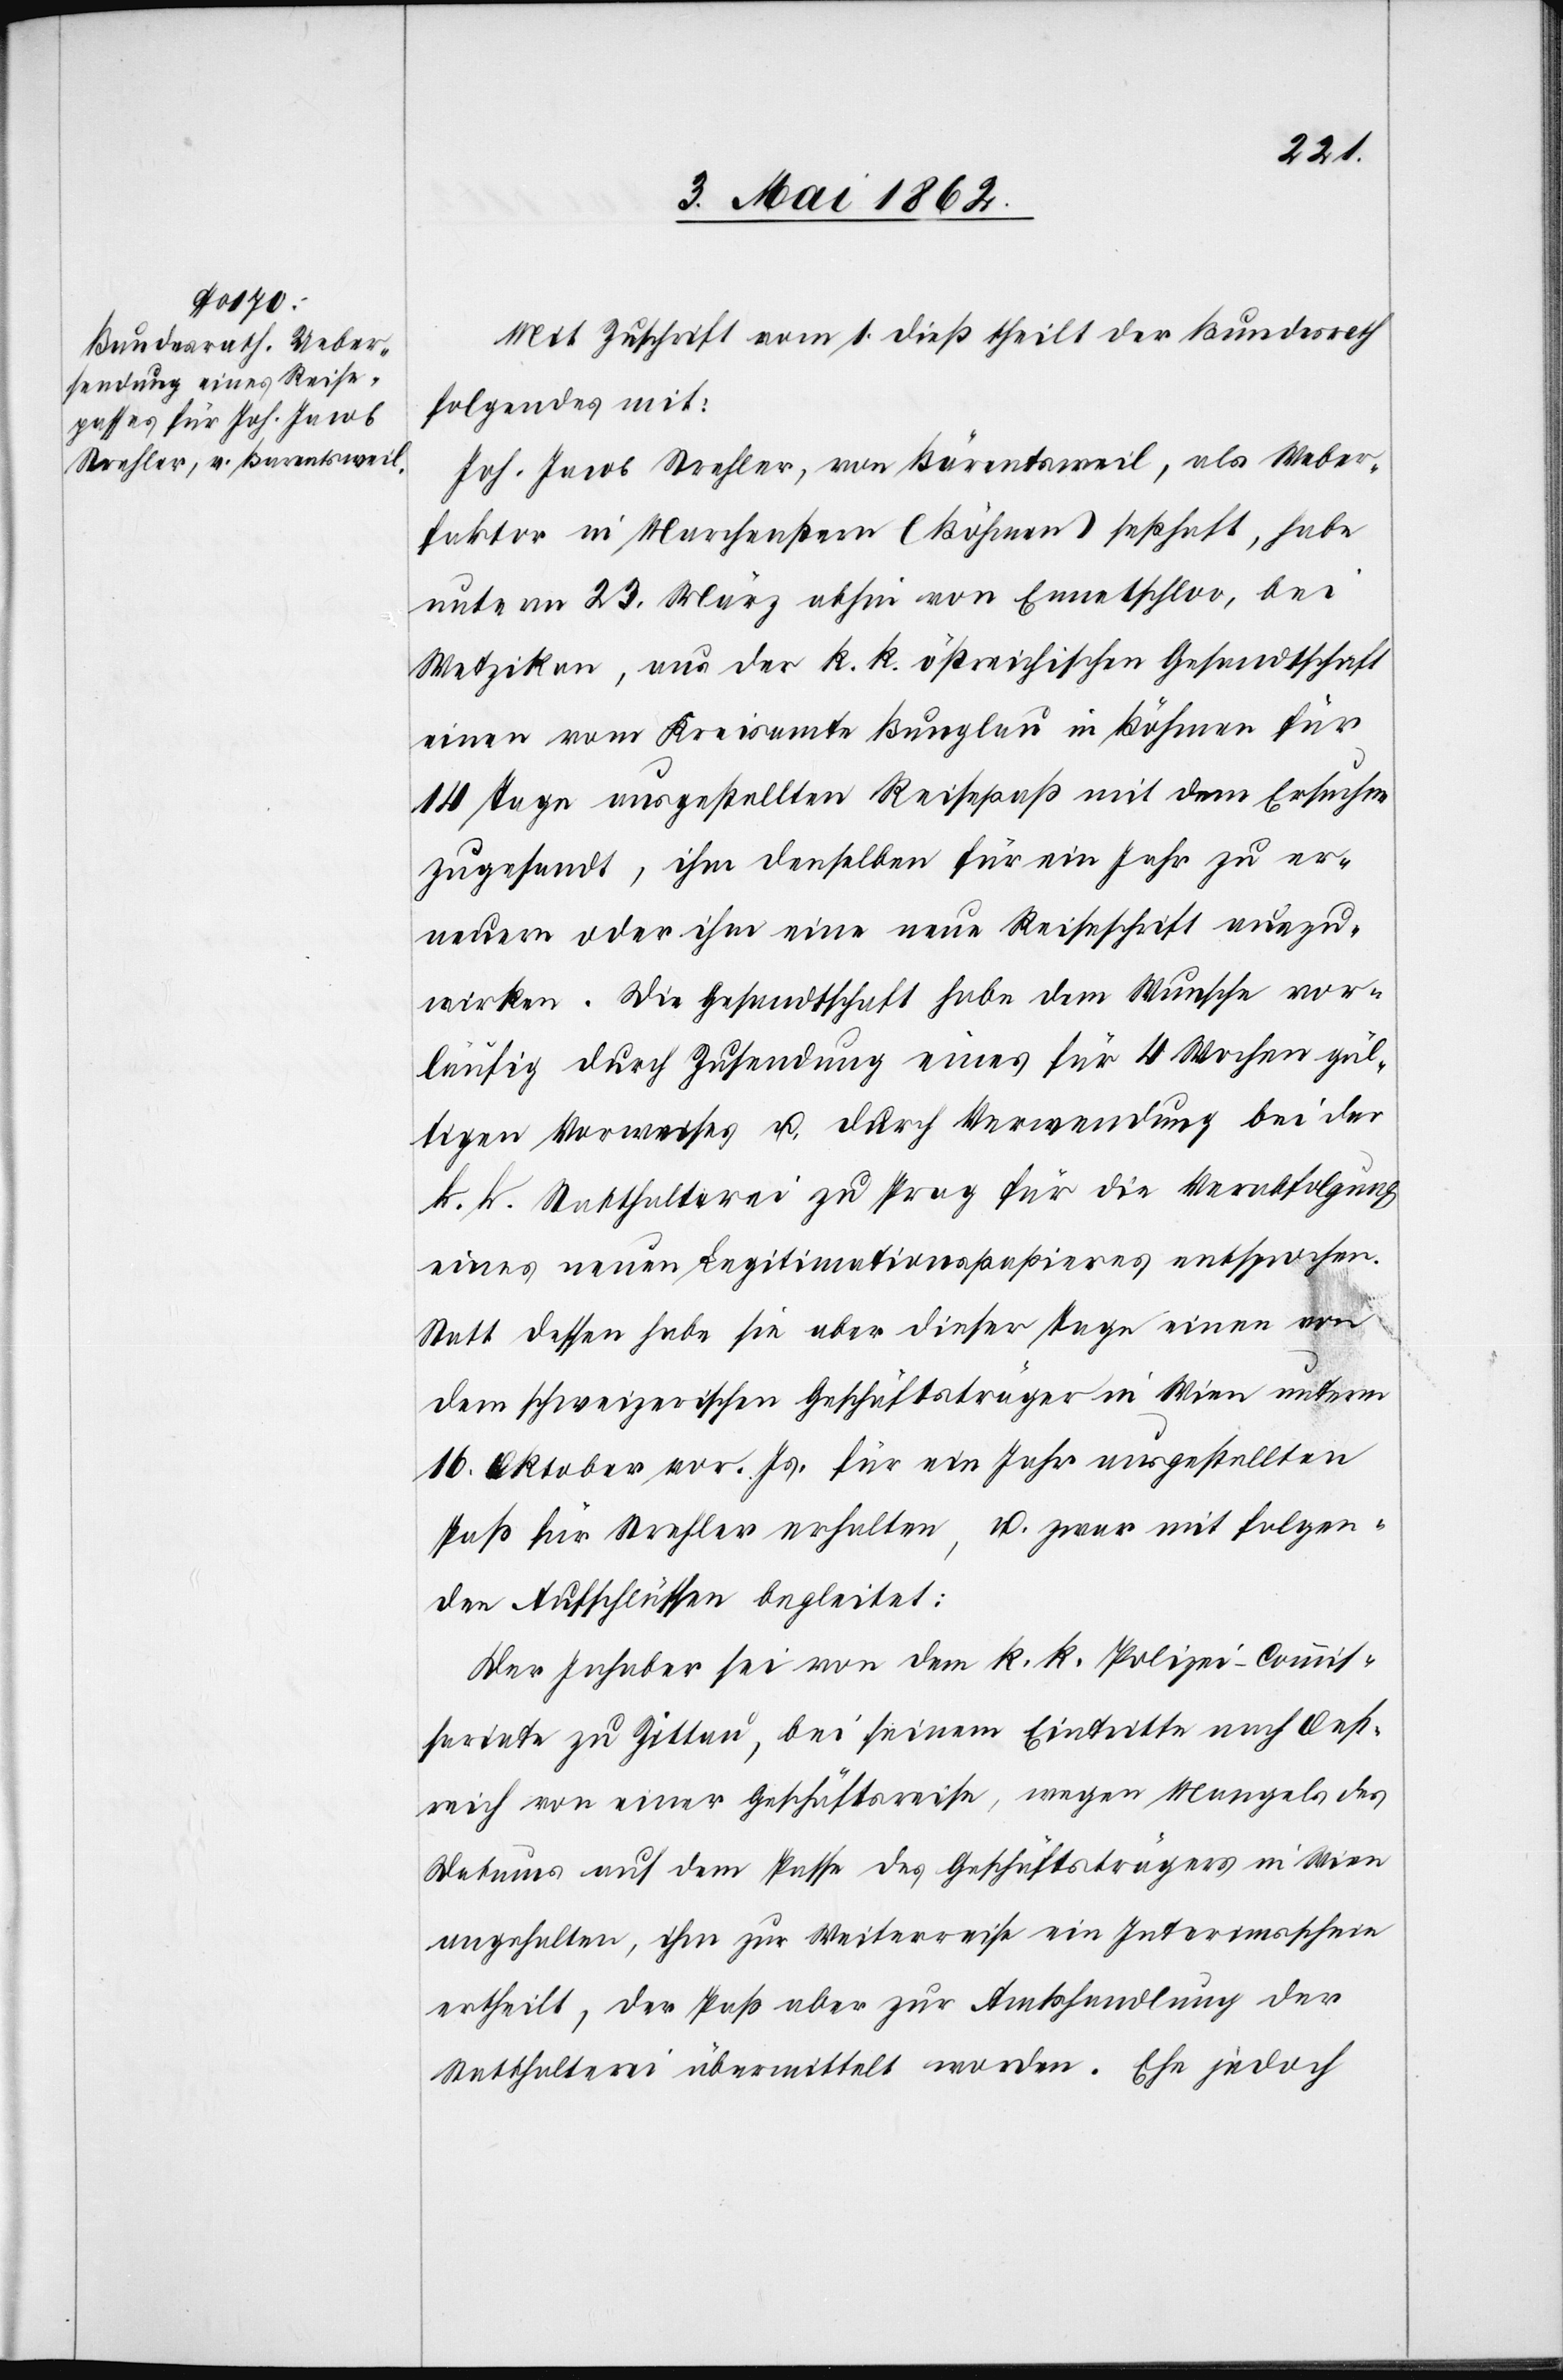
Mit Zuschrift vom 1. dieß theilt der Bundesrath
folgendes mit:
Joh. Jacob Strehler, von Bärentsweil, als Weber¬
faktor in Marchenstern (Böhmen) seßhaft, habe
unterm 23. März abhin von Ennetschloo, bei
Wetzikon, aus der k. k. österreichischen Gesandtschaft
einen vom Kreisamte Bunglau in Böhmen für
14 Tage ausgestellten Reisepaß mit dem Ersuchen
zugesandt, ihm denselben für ein Jahr zu er¬
neuern oder ihm eine neue Reiseschrift auszu¬
wirken. Die Gesandtschaft habe dem Wunsche vor¬
läufig durch Zusendung eines für 4 Wochen gül¬
tigen Vorweises u. durch Verwendung bei der
k. k. Statthalterei zu Prag für die Verabfolgung
eines neuen Legitimationspapieres entsprochen.
Statt dessen habe sie aber dieser Tage einen von
dem schweizerischen Geschäftsträger in Wien unterm
16. Oktober vor. Js. für ein Jahr ausgestellten
Paß für Strehler erhalten, u. zwar mit folgen¬
den Aufschlüssen begleitet:
Der Inhaber sei von dem k. k. Polizei-Commis¬
sariate zu Zittnau, bei seinem Eintritte nach Oest¬
reich von seiner Geschäftsreise, wegen Mangels des
Datums auf dem Passe des Geschäftsträgers in Wien
angehalten, ihm zur Weiterreise ein Interimsscheine
ertheilt, der Paß aber zur Amtshandlung der
Statthalterei übermittelt worden. Ehe jedoch